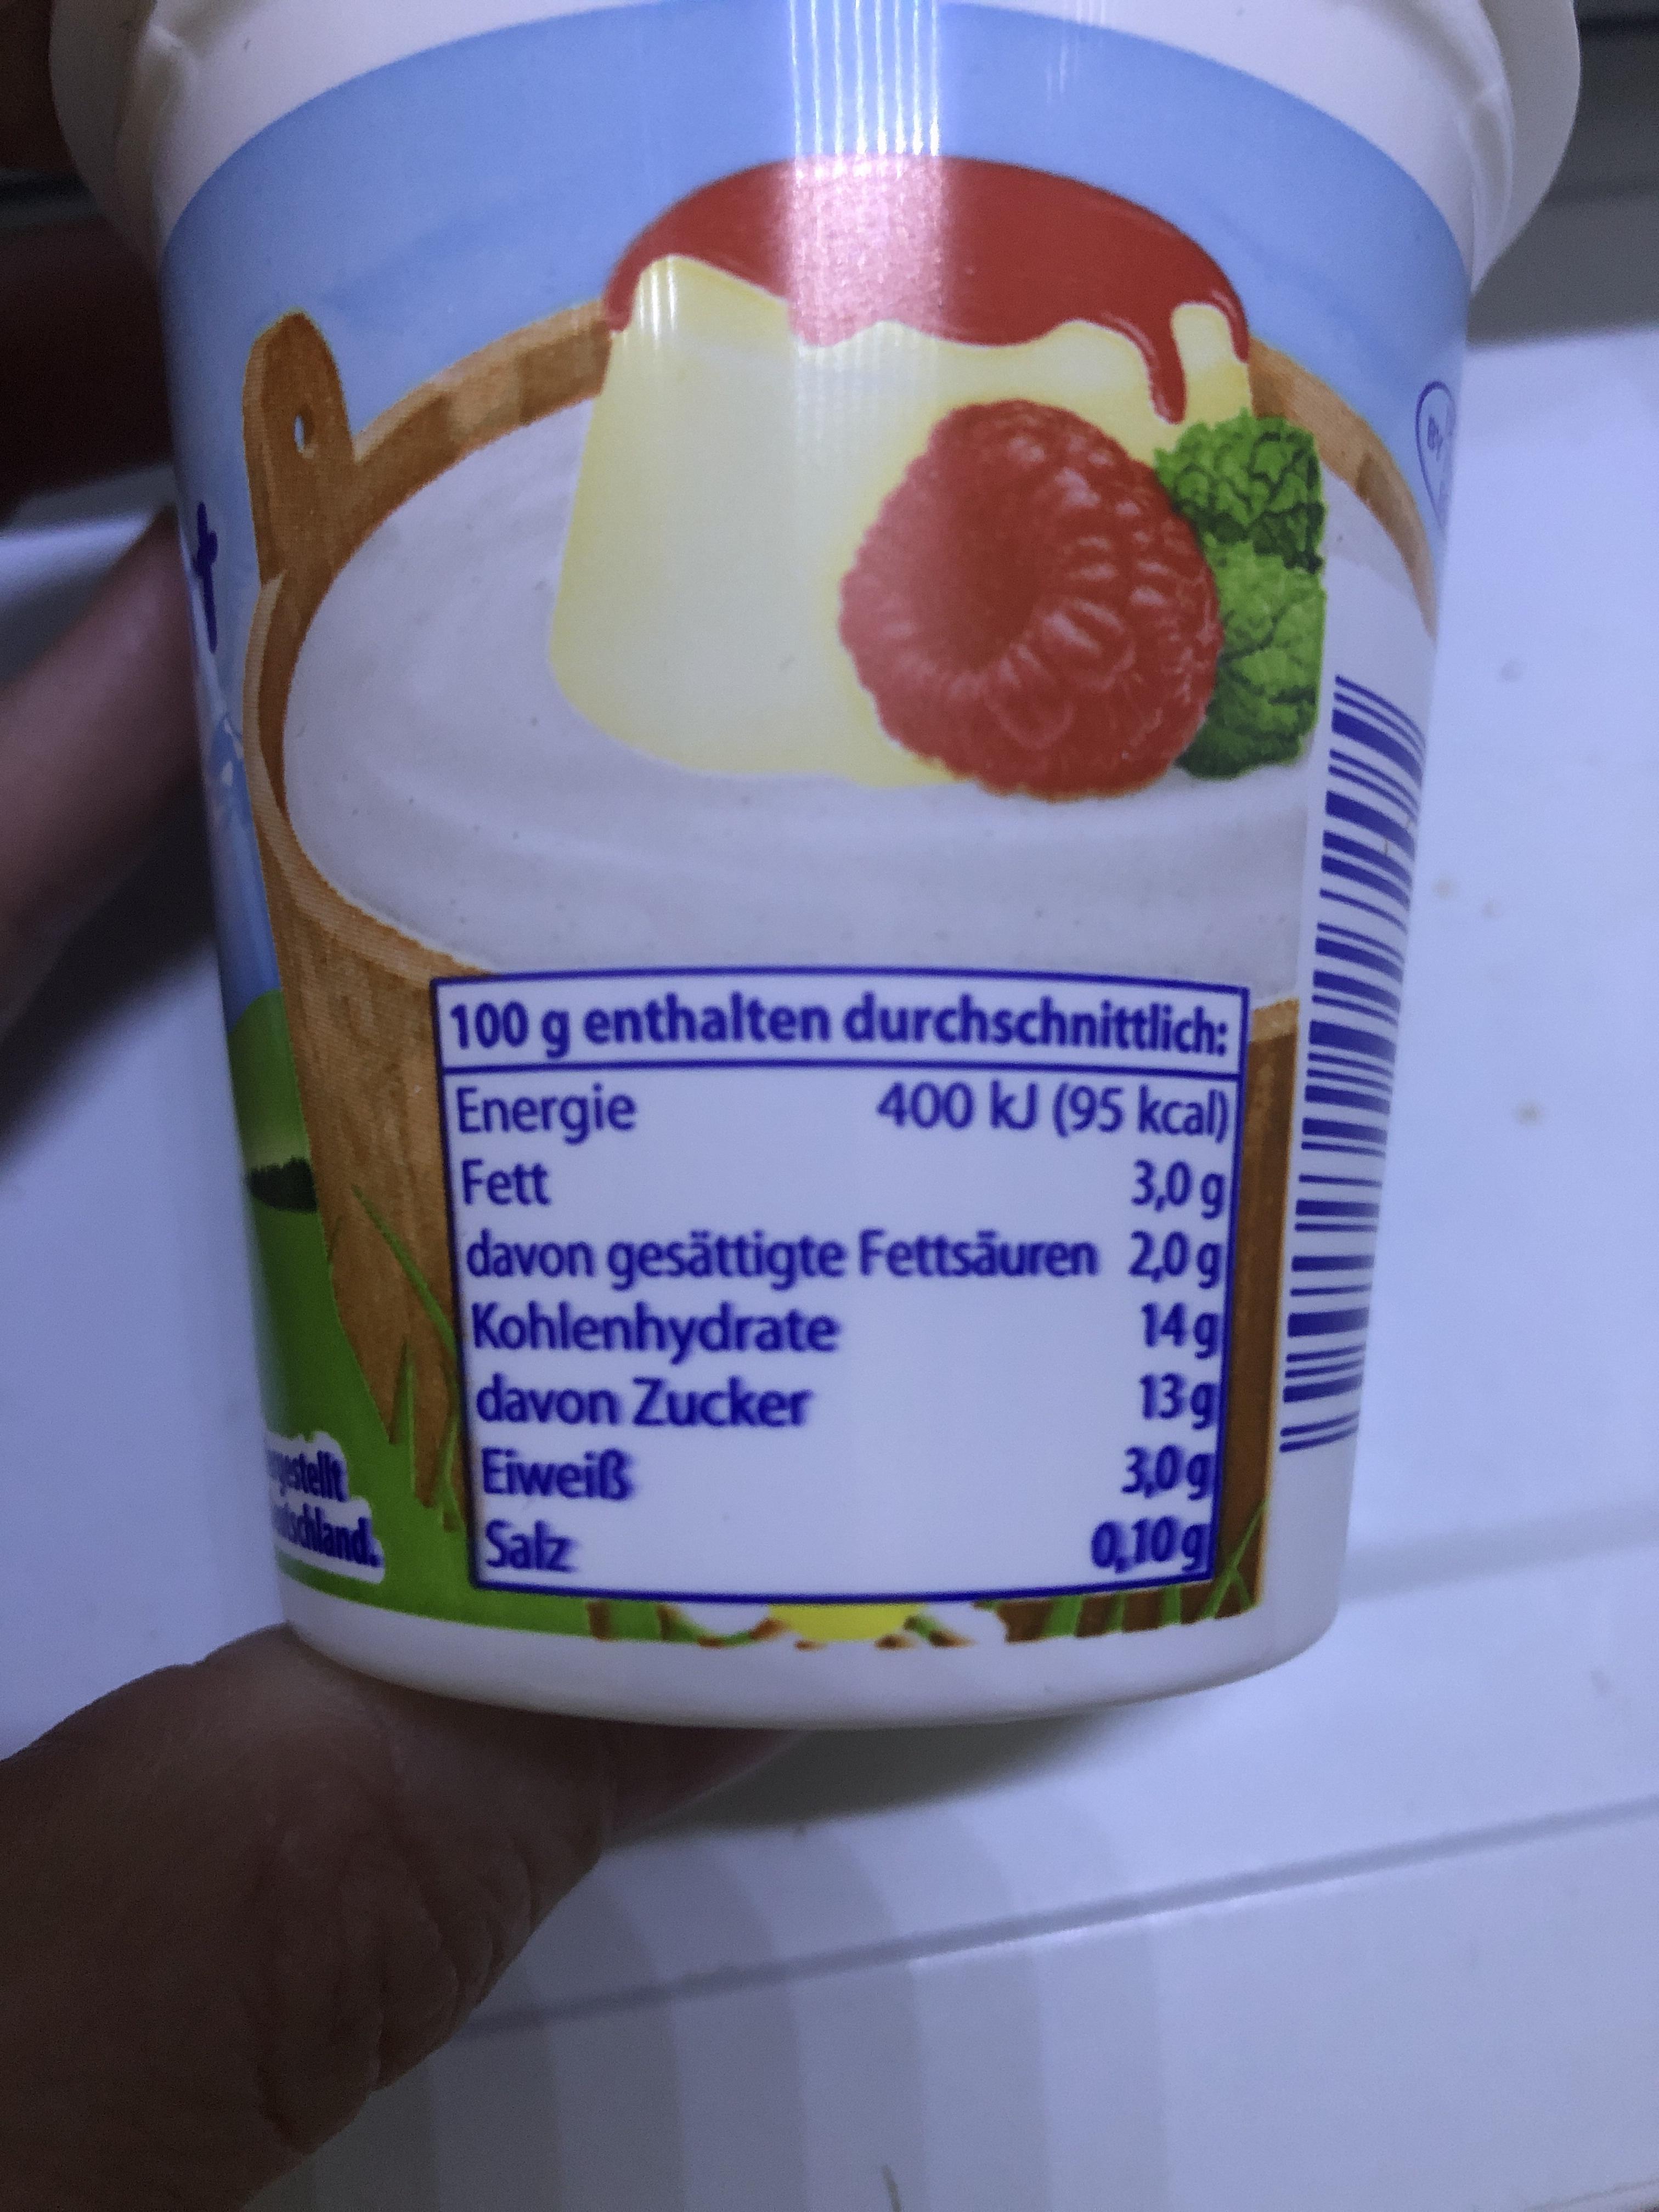
100 g enthalten durchschnittlich: Energie Fett davon gesättigte Fettsäuren 2,0g Kohlenhydrate davon Zucker Eiweiß Salz 400 kJ (95 kcal) 3,0 g 14g 13g 3,0g 0,10g land